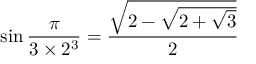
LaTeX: \sin { \frac { \pi } { 3 \times 2 ^ { 3 } } } = { \frac { \sqrt { 2 - { \sqrt { 2 + { \sqrt { 3 } } } } } } { 2 } }